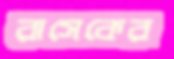
রাসেকের